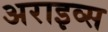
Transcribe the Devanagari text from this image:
अराइव्स